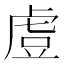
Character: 𧆲